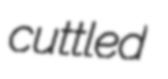
cuttled